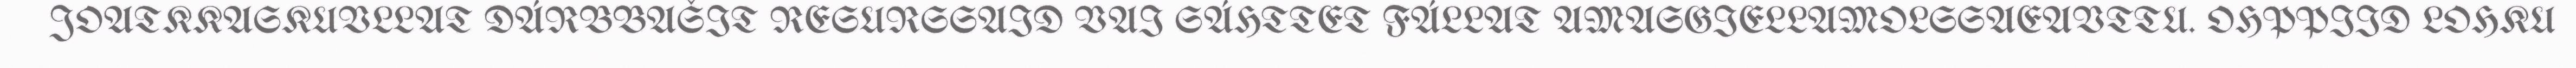
JOATKKASKUVLLAT DÁRBBAŠIT RESURSSAID VAI SÁHTTET FÁLLAT AMASGIELLAMOLSSAEAVTTU. OHPPIID LOHKU